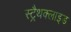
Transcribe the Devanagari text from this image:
स्ट्रैथक्लाइड